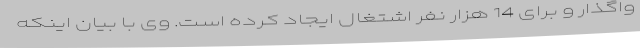
واگذار و برای 14 هزار نفر اشتغال ایجاد کرده است. وی با بیان اینکه